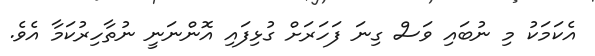
އެކަމަކު މި ނުބައި ވަސް ގިނަ ފަހަރަށް ގުޅިފައި އޮންނަނީ ނުތާހިރުކަމާ އެވެ.